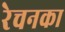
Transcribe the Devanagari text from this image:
रेचनका